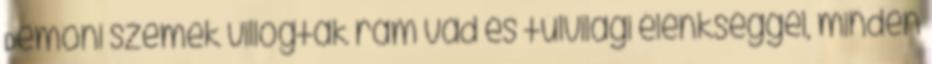
Démoni szemek villogtak rám vad és túlvilági élénkséggel, minden